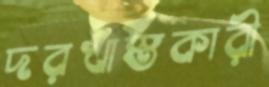
দরখাস্তকারী